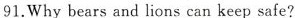
91.Why bears and lions can keep safe?